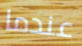
عندما